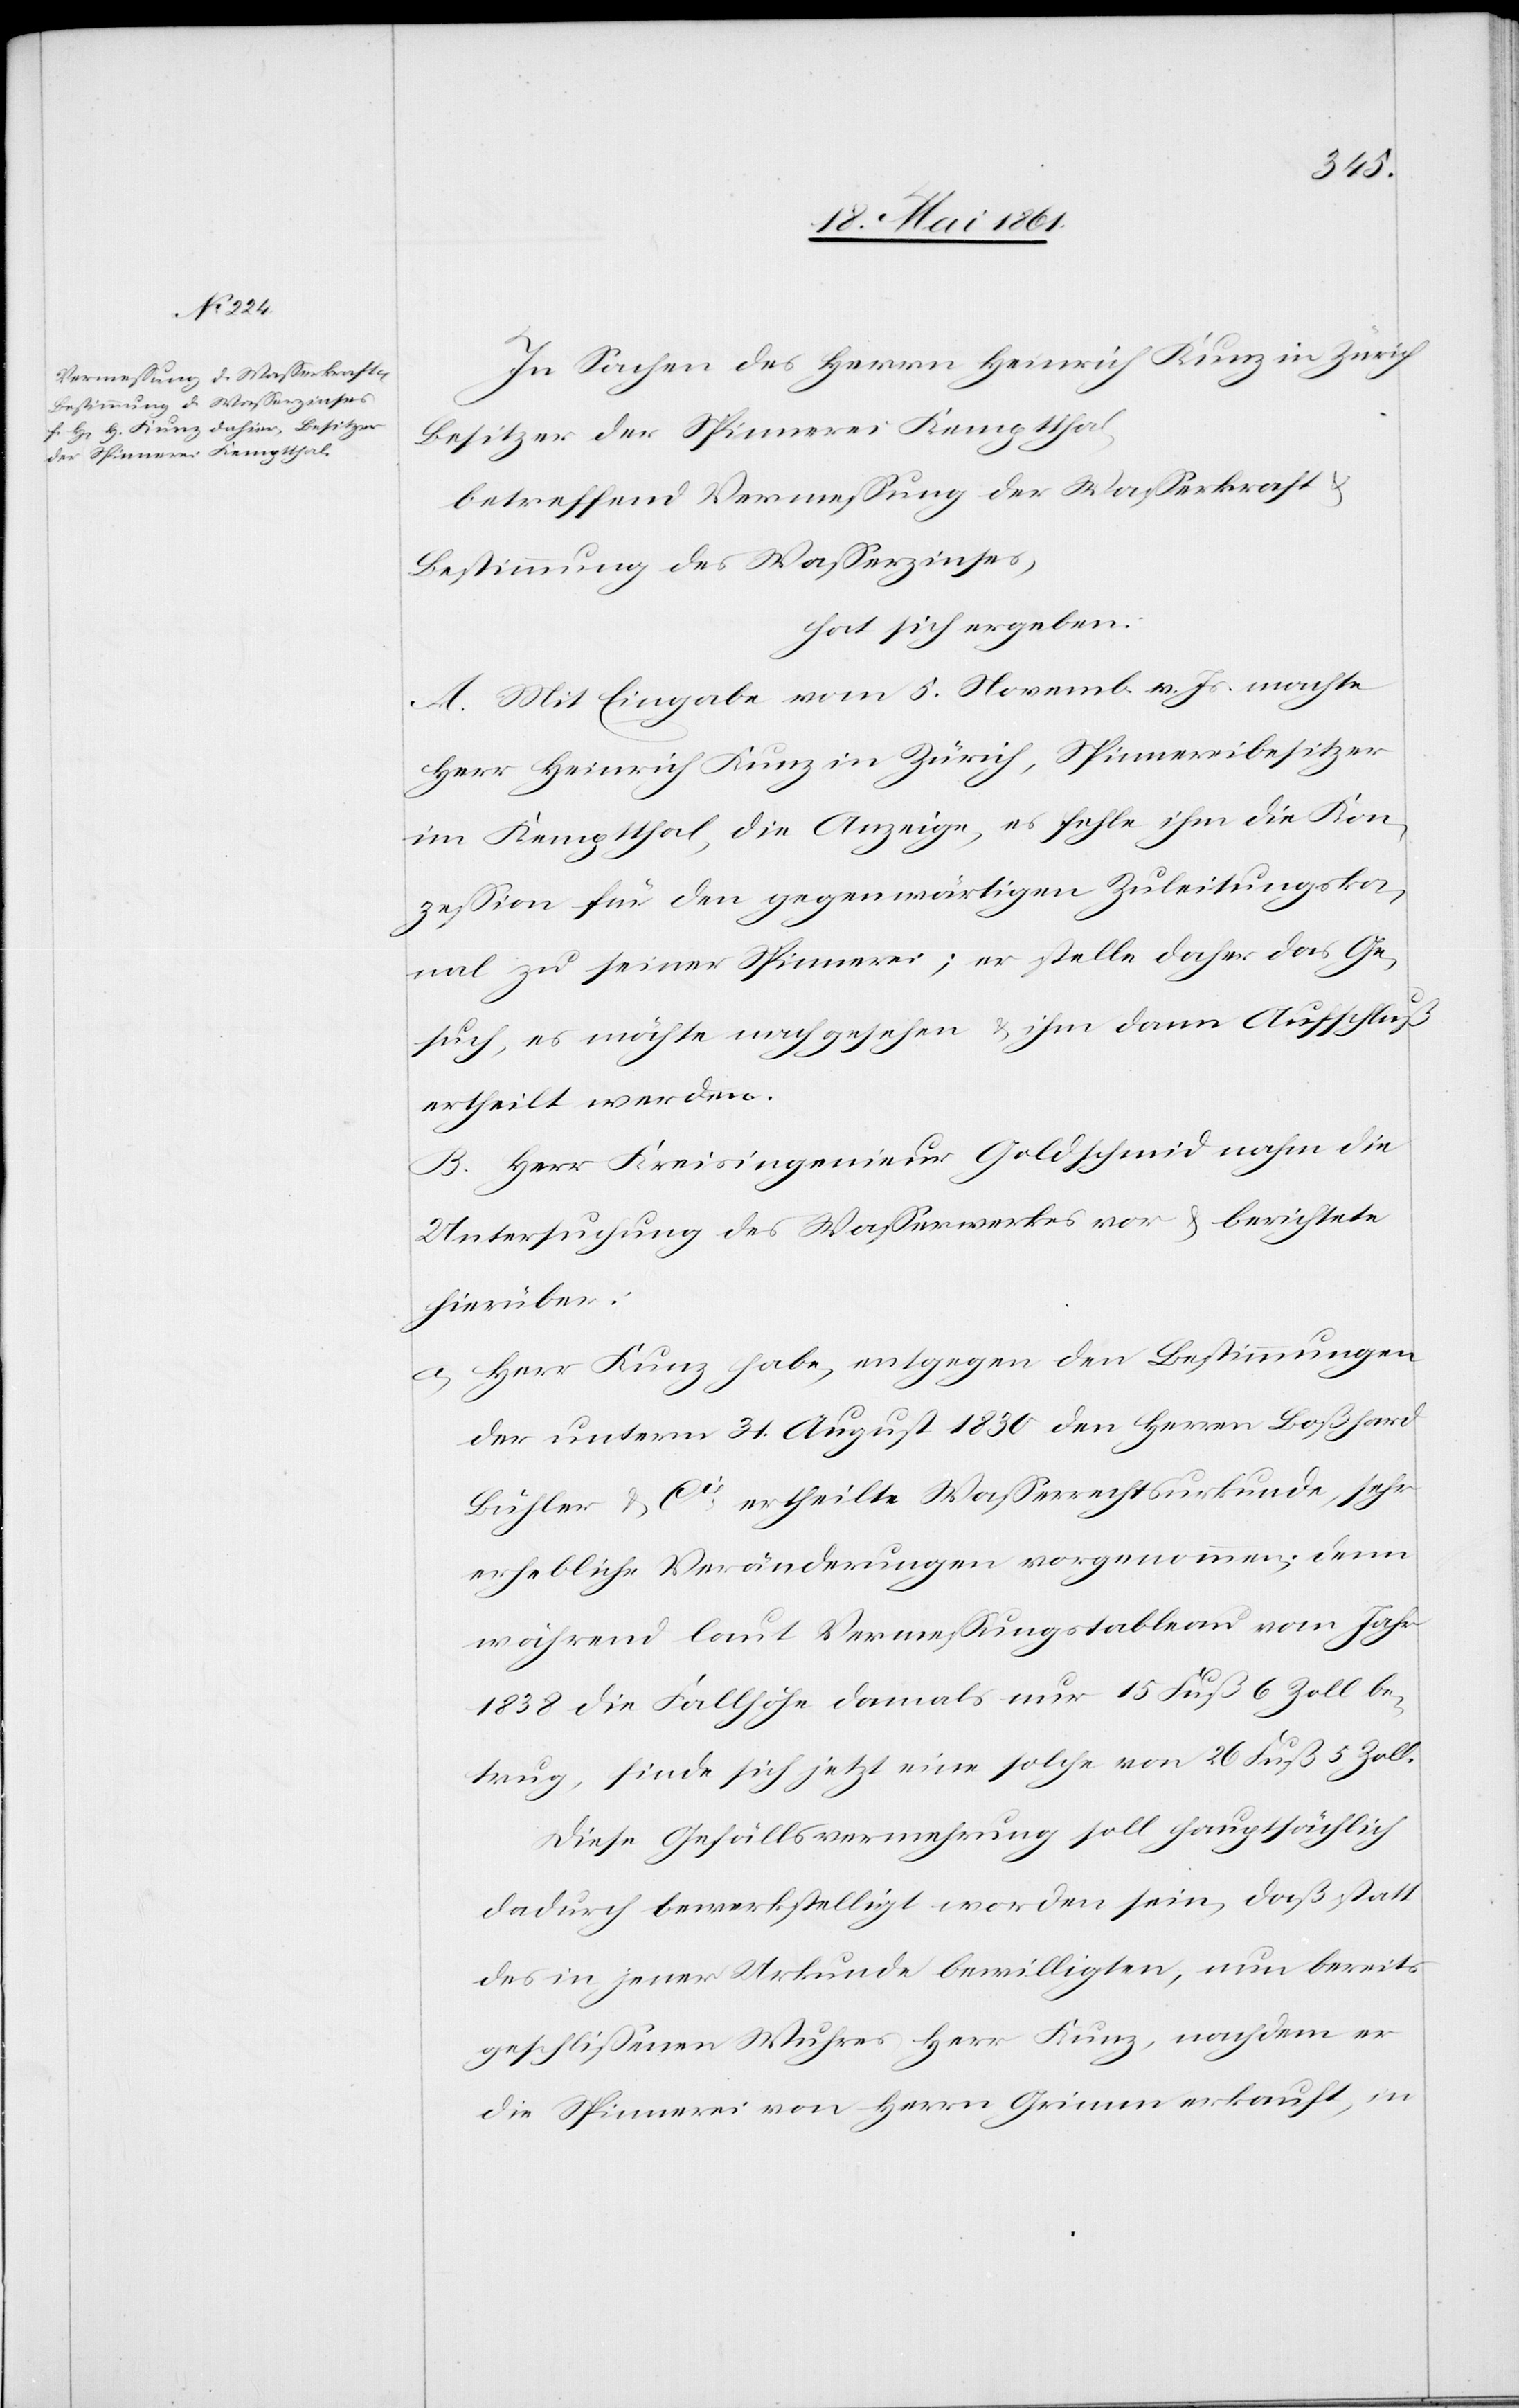
In Sachen des Herrn Heinrich Kunz in Zürich,
Besitzer der Spinnerei Kemptthal,
betreffend Vermessung der Wasserkraft u.
Bestimmung des Wasserzinses,
hat sich ergeben:
A. Mit Eingabe vom 5. Novemb. v. Js. machte
Herr Heinrich Kunz in Zürich, Spinnereibesitzer
im Kemptthal, die Anzeige, es fehle ihm die Kon¬
zession für den gegenwärtigen Zuleitungska¬
nal zu seiner Spinnerei; er stelle daher das Ge¬
such, es möchte nachgesehen u. ihm dann Aufschluß
ertheilt werden.
B. Herr Kreisingenieur Goldschmid nahm die
Untersuchung des Wasserwerkes vor u. berichtete
hierüber:
a) Herr Kunz habe, entgegen den Bestimmungen
der unterm 31. August 1830 den Herren Boßhard[,]
Bühler u. Cie ertheilten Wasserrechtsurkunde, sehr
erhebliche Veränderungen vorgenommen; denn
während laut Vermessungstableau vom Jahr
1838 die Fallhöhe damals nur 15 Fuß 6 Zoll be¬
trug, finde sich jetzt eine solche von 26 Fuß 5 Zoll.
Diese Gefällsvermehrung soll hauptsächlich
dadurch bewerkstelligt worden sein, daß statt
des in jener Urkunde bewilligten, nun bereits
geschlissenen Wuhres Herr Kunz, nachdem er
die Spinnerei von Herrn Grimm erkauft, in